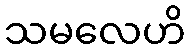
သမလေဟိ